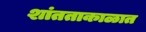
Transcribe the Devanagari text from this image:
शांतताकाळात